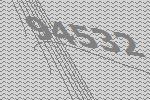
94532